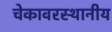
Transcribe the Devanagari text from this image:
चेकावरस्थानीय